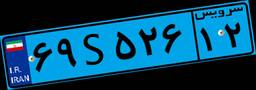
۷۱S۷۱۶۰۱